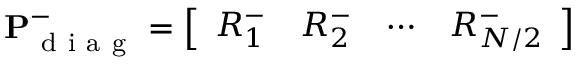
\mathbf { P } _ { \mathrm { ~ d ~ i ~ a ~ g ~ } } ^ { - } = \left[ \begin{array} { l l l l } { R _ { 1 } ^ { - } } & { R _ { 2 } ^ { - } } & { \cdots } & { R _ { N / 2 } ^ { - } } \end{array} \right]